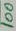
Text: 100